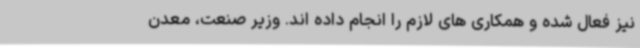
نیز فعال شده و همکاری های لازم را انجام داده اند. وزیر صنعت، معدن